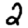
Digit: 2